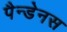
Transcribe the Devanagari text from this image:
पैन्डेनस